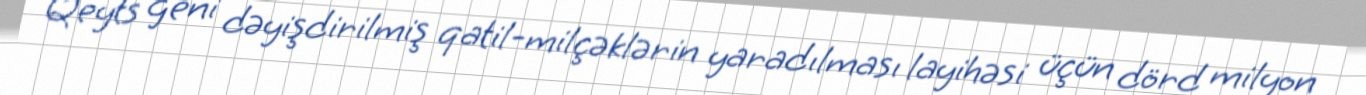
Qeyts geni dəyişdirilmiş qatil-milçəklərin yaradılması layihəsi üçün dörd milyon